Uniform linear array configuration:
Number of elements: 4
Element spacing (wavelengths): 1
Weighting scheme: cosine
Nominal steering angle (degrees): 30
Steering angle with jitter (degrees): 30.605
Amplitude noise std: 0.05
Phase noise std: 0.05

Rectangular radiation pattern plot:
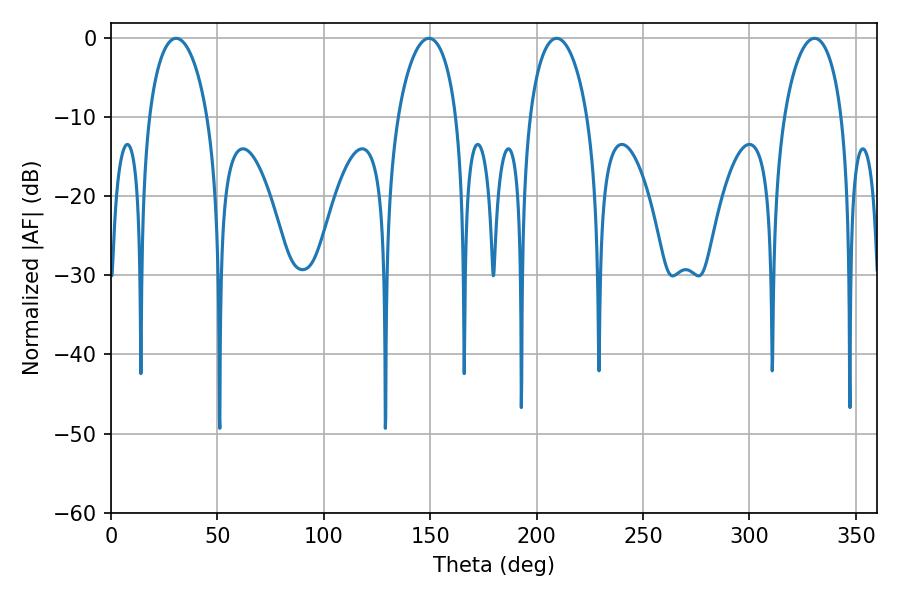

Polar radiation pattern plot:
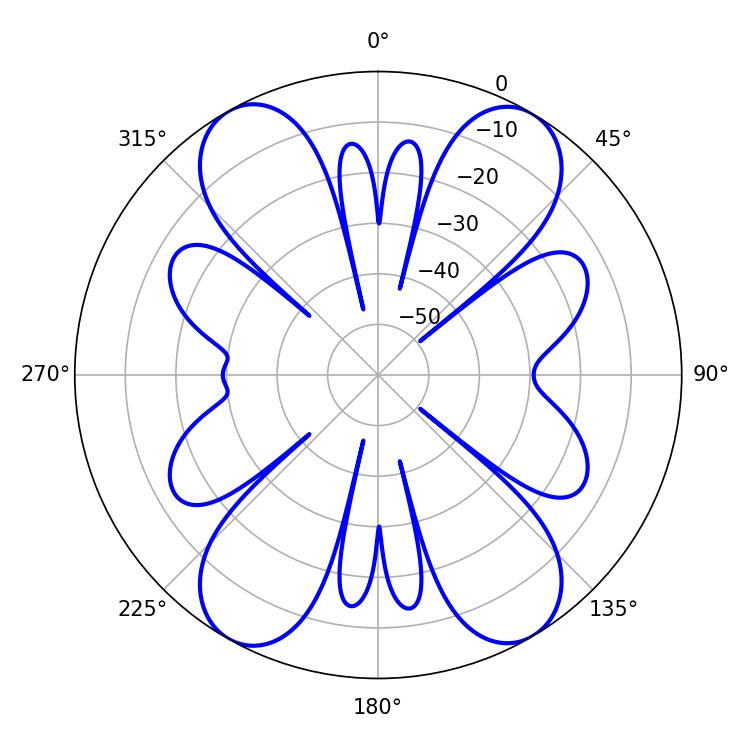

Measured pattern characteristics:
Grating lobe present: TRUE
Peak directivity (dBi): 21.727
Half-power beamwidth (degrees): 15.84
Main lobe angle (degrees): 149.4